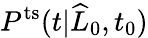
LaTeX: P^{\mathrm{ts}}(t|\widehat{L}_{0},t_{0})